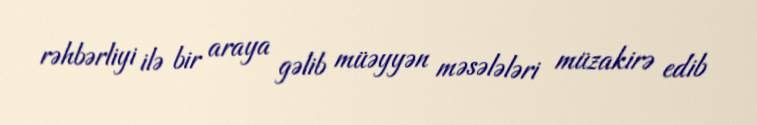
rəhbərliyi ilə bir araya gəlib müəyyən məsələləri müzakirə edib